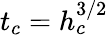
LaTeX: t_{c}=h_{c}^{3/2}